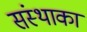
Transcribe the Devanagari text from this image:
संस्‍थाका